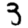
Digit: 3